Medical and sanitary report on the native army of Bombay for the year
Year: 1877
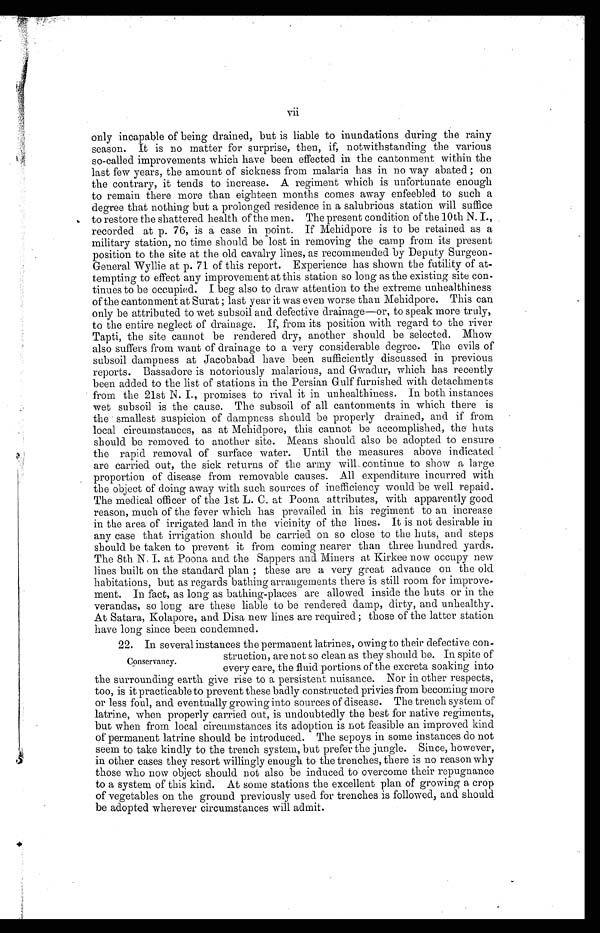
vii
only incapable of being drained, but is liable to inundations during the rainy
season. It is no matter for surprise, then, if, notwithstanding the various
so-called improvements which have been effected in the cantonment within the
last few years, the amount of sickness from malaria has in no way abated; on
the contrary, it tends to increase. A regiment which is unfortunate enough
to remain there more than eighteen months comes away enfeebled to such a
degree that nothing but a prolonged residence in a salubrious station will suffice
to restore the shattered health of the men. The present condition of the 10th N. I.,
recorded at p. 76, is a case in point. If Mehidpore is to be retained as a
military station, no time should be lost in removing the camp from its present
position to the site at the old cavalry lines, as recommended by Deputy Surgeon
-General Wyllie at p. 71 of this report. Experience has shown the futility of at-
tempting to effect any improvement at this station so long as the existing site con
-tinues to be occupied. I beg also to draw attention to the extreme unhealthiness
of the cantonment at Surat; last year it was even worse than Mehidpore. This can
only be attributed to wet subsoil and defective drainage—or, to speak more truly,
to the entire neglect of drainage. If, from its position with regard to the river
Tapti, the site cannot be rendered dry, another should be selected. Mhow
also suffers from want of drainage to a very considerable degree. The evils of
subsoil dampness at Jacobabad have been sufficiently discussed in previous
reports. Bassadore is notoriously malarious, and Gwadur, which has recently
been added to the list of stations in the Persian Gulf furnished with detachments
from the 21st N. I., promises to rival it in unhealthiness. In both instances
wet subsoil is the cause. The subsoil of all cantonments in which there is
the smallest suspicion of dampness should be properly drained, and if from
local circumstances, as at Mehidpore, this cannot be accomplished, the huts
should be removed to another site. Means should also be adopted to ensure
the rapid removal of surface water. Until the measures above indicated
are carried out, the sick returns of the army will continue to show a large
proportion of disease from removable causes. All expenditure incurred with
the object of doing away with such sources of inefficiency would be well repaid.
The medical officer of the 1st L. C. at Poona attributes, with apparently good
reason, much of the fever which has prevailed in his regiment to an increase
in the area of irrigated land in the vicinity of the lines. It is not desirable in
any case that irrigation should be carried on so close to the huts, and steps
should be taken to prevent it from coming nearer than three hundred yards.
The 8th N. I. at Poona and the Sappers and Miners at Kirkee now occupy new
lines built on the standard plan; these are a very great advance on the old
habitations, but as regards bathing arrangements there is still room for improve-
ment. In fact, as long as bathing-places are allowed inside the huts or in the
verandas, so long are these liable to be rendered damp, dirty, and unhealthy.
At Satara, Kolapore, and Disa new lines are required; those of the latter station
have long since been condemned.
22. In several instances the permanent latrines, owing to their defective con
-
struction, are not so clean as they should be. In spite of
every care, the fluid portions of the excreta soaking into
the surrounding earth give rise to a persistent nuisance. Nor in other respects,
too, is it practicable to prevent these badly constructed privies from becoming more
or less foul, and eventually growing into sources of disease. The trench system of
latrine, when properly carried out, is undoubtedly the best for native regiments,
but when from local circumstances its adoption is not feasible an improved kind
of permanent latrine should be introduced. The sepoys in some instances do not
seem to take kindly to the trench system, but prefer the jungle. Since, however,
in other cases they resort willingly enough to the trenches, there is no reason why
those who now object should not also be induced to overcome their repugnance
to a system of this kind. At some stations the excellent plan of growing a crop
of vegetables on the ground previously used for trenches is followed, and should
be adopted wherever circumstances will admit.
Conservancy.